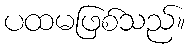
ပထမဖြစ်သည်။